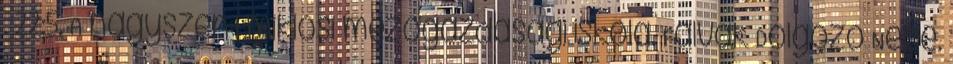
. 22:5. A nagyszentmiklósi mezőgazdasági iskola. Falvak Dolgozó Népe.